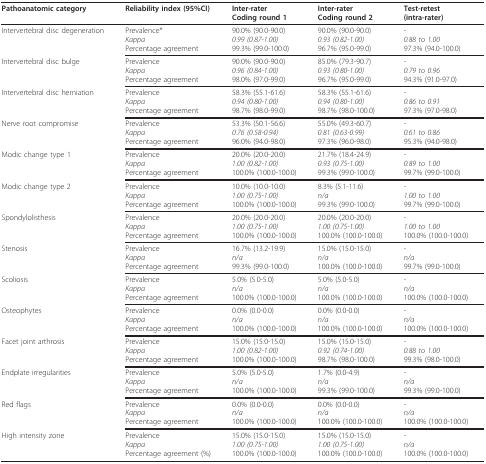
<table><thead><tr><td><b>Pathoanatomic category</b></td><td><b>Reliability index (95%CI)</b></td><td><b>Inter-raterCoding round 1</b></td><td><b>Inter-raterCoding round 2</b></td><td><b>Test-retest(intra-rater)</b></td></tr></thead><tbody><tr><td>Intervertebral disc degeneration</td><td>Prevalence*<i>Kappa</i>Percentage agreement</td><td>90.0% (90.0-90.0)<i>0.99 (0.87-1.00)</i>99.3% (99.0-100.0)</td><td>90.0% (90.0-90.0)<i>0.93 (0.82-1.00)</i>96.7% (95.0-99.0)</td><td>-<i>0.88 to 1.00</i>97.3% (94.0-100.0)</td></tr><tr><td>Intervertebral disc bulge</td><td>Prevalence<i>Kappa</i>Percentage agreement</td><td>90.0% (90.0-90.0)<i>0.96 (0.84-1.00)</i>98.0% (97.0-99.0)</td><td>85.0% (79.3-90.7)<i>0.93 (0.80-1.00)</i>96.7% (95.0-99.0)</td><td>-<i>0.79 to 0.96</i>94.3% (91.0-97.0)</td></tr><tr><td>Intervertebral disc herniation</td><td>Prevalence<i>Kappa</i>Percentage agreement</td><td>58.3% (55.1-61.6)<i>0.94 (0.80-1.00)</i>98.7% (98.0-99.0)</td><td>58.3% (55.1-61.6)<i>0.94 (0.80-1.00)</i>98.7% (98.0-100.0)</td><td>-<i>0.86 to 0.91</i>97.3% (97.0-98.0)</td></tr><tr><td>Nerve root compromise</td><td>Prevalence<i>Kappa</i>Percentage agreement</td><td>53.3% (50.1-56.6)<i>0.76 (0.58-0.94)</i>96.0% (94.0-98.0)</td><td>55.0% (49.3-60.7)<i>0.81 (0.63-0.99)</i>97.3% (96.0-98.0)</td><td>-<i>0.61 to 0.86</i>95.3% (94.0-98.0)</td></tr><tr><td>Modic change type 1</td><td>Prevalence<i>Kappa</i>Percentage agreement</td><td>20.0% (20.0-20.0)<i>1.00 (0.82-1.00)</i>100.0% (100.0-100.0)</td><td>21.7% (18.4-24.9)<i>0.93 (0.75-1.00)</i>99.3% (99.0-100.0)</td><td>-<i>0.89 to 1.00</i>99.7% (99.0-100.0)</td></tr><tr><td>Modic change type 2</td><td>Prevalence<i>Kappa</i>Percentage agreement</td><td>10.0% (10.0-10.0)<i>1.00 (0.75-1.00)</i>100.0% (100.0-100.0)</td><td>8.3% (5.1-11.6)<i>n/a</i>99.3% (99.0-100.0)</td><td>-<i>1.00 to 1.00</i>99.7% (99.0-100.0)</td></tr><tr><td>Spondylolisthesis</td><td>Prevalence<i>Kappa</i>Percentage agreement</td><td>20.0% (20.0-20.0)<i>1.00 (0.75-1.00)</i>100.0% (100.0-100.0)</td><td>20.0% (20.0-20.0)<i>1.00 (0.75-1.00)</i>100.0% (100.0-100.0)</td><td>-<i>1.00 to 1.00</i>100.0% (100.0-100.0)</td></tr><tr><td>Stenosis</td><td>Prevalence<i>Kappa</i>Percentage agreement</td><td>16.7% (13.2-19.9)<i>n/a</i>99.3% (99.0-100.0)</td><td>15.0% (15.0-15.0)<i>n/a</i>100.0% (100.0-100.0)</td><td>-<i>n/a</i>99.7% (99.0-100.0)</td></tr><tr><td>Scoliosis</td><td>Prevalence<i>Kappa</i>Percentage agreement</td><td>5.0% (5.0-5.0)<i>n/a</i>100.0% (100.0-100.0)</td><td>5.0% (5.0-5.0)<i>n/a</i>100.0% (100.0-100.0)</td><td>-<i>n/a</i>100.0% (100.0-100.0)</td></tr><tr><td>Osteophytes</td><td>Prevalence<i>Kappa</i>Percentage agreement</td><td>0.0% (0.0-0.0)<i>n/a</i>100.0% (100.0-100.0)</td><td>0.0% (0.0-0.0)<i>n/a</i>100.0% (100.0-100.0)</td><td>-<i>n/a</i>100.0% (100.0-100.0)</td></tr><tr><td>Facet joint arthrosis</td><td>Prevalence<i>Kappa</i>Percentage agreement</td><td>15.0% (15.0-15.0)<i>1.00 (0.82-1.00)</i>100.0% (100.0-100.0)</td><td>15.0% (15.0-15.0)<i>0.92 (0.74-1.00)</i>98.7% (98.0-100.0)</td><td>-<i>0.88 to 1.00</i>99.3% (98.0-100.0)</td></tr><tr><td>Endplate irregularities</td><td>Prevalence<i>Kappa</i>Percentage agreement</td><td>5.0% (5.0-5.0)<i>n/a</i>100.0% (100.0-100.0)</td><td>1.7% (0.0-4.9)<i>n/a</i>99.3% (99.0-100.0)</td><td>-<i>n/a</i>99.3% (99.0-100.0)</td></tr><tr><td>Red flags</td><td>Prevalence<i>Kappa</i>Percentage agreement</td><td>0.0% (0.0-0.0)<i>n/a</i>100.0% (100.0-100.0)</td><td>0.0% (0.0-0.0)<i>n/a</i>100.0% (100.0-100.0)</td><td>-<i>n/a</i>100.0% (100.0-100.0)</td></tr><tr><td>High intensity zone</td><td>Prevalence<i>Kappa</i>Percentage agreement (%)</td><td>15.0% (15.0-15.0)<i>1.00 (0.75-1.00)</i>100.0% (100.0-100.0)</td><td>15.0% (15.0-15.0)<i>1.00 (0.75-1.00)</i>100.0% (100.0-100.0)</td><td>-<i>n/a</i>100.0% (100.0-100.0)</td></tr></tbody></table>